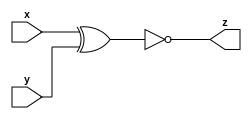
module modA ( input x, input y, output z );
    assign z = ~(x ^ y);
endmodule

module modB (input x, input y, output z);
    assign z = (x ^ y) & x;
endmodule

module top_module (
    input x,
    input y,
    output z
);
    wire [1:0] a;
    wire [1:0] b;
    assign z = (b[0] | a[0]) ^ (a[1] & b[1]);
    genvar i;
    generate
        for (i = 0; i < 2; i = i + 1) begin: topmod
            modA A(
                .x(x),
                .y(y),
                .z(a[i])
            );
            modB B(
                .x(x),
                .y(y),
                .z(b[i])
            );
        end
    endgenerate
endmodule